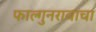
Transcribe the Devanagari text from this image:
फाल्गुनरावाचा